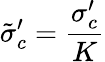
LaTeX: \tilde{\sigma}_{c}^{\prime}=\frac{\sigma_{c}^{\prime}}{K}